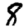
Digit: 8